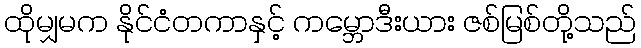
ထိုမျှမက နိုင်ငံတကာနှင့် ကမ္ဘောဒီးယား ဇစ်မြစ်တို့သည်